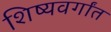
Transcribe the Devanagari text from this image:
शिष्यवर्गांत